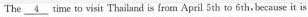
The \underline{4} time to visit Thailand is from April 5th to 6th, because it is